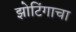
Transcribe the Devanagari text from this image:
झोटिंगाचा